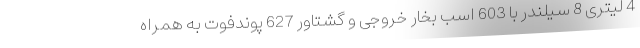
4 لیتری 8 سیلندر با 603 اسب بخار خروجی و گشتاور 627 پوندفوت به همراه